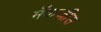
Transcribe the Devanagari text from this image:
मॅकजीस